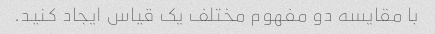
با مقایسه دو مفهوم مختلف یک قیاس ایجاد کنید.